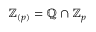
\mathbb { Z } _ { ( p ) } = \mathbb { Q } \cap \mathbb { Z } _ { p }